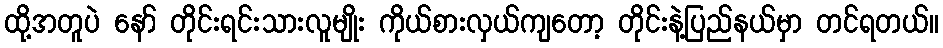
ထို့အတူပဲ နော် တိုင်းရင်းသားလူမျိုး ကိုယ်စားလှယ်ကျတော့ တိုင်းနဲ့ပြည်နယ်မှာ တင်ရတယ်။